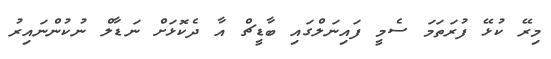
މިރޭ ކުޅޭ ފުރަތަމަ ސެމީ ފައިނަލްގައި ބާޑީޗް އާ ދެކޮޅަށް ނަޑާލް ނުކުންނައިރު